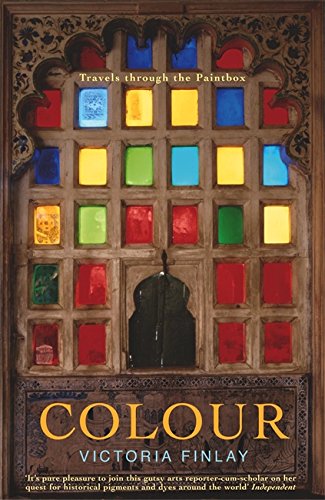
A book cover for Colour: Travels Through the Paintbox; Victoria Finlay; Mystery, Thriller & Suspense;